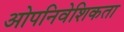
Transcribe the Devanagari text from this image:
ओपनिवेशिकता